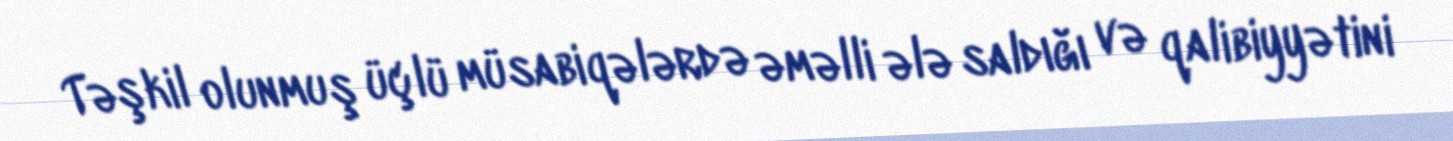
Təşkil olunmuş üçlü müsabiqələrdə əməlli ələ saldığı və qalibiyyətini